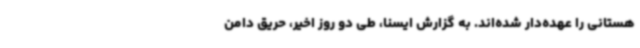
هستانی را عهده‌دار شده‌اند. به گزارش ایسنا، طی دو روز اخیر، حریق دامن